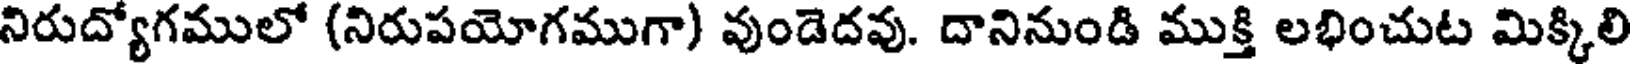
నిరుద్యోగములో (నిరుపయోగముగా) వుండెదవు. దానినుండి ముక్తి లభించుట మిక్కిలి